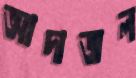
আদাজল